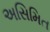
અસિમિત